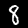
Digit: 8